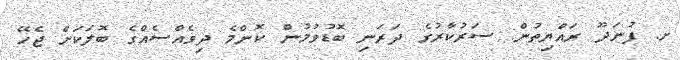
ށ. ފުނަދޫ ރައްޔިތުން: ސަރުކާރުގެ ދަރަނި ބޮޑުވުމުން ކޮންމެ ދިވެއްސެއްގެ ބޮލަކަށް ޖެހޭ